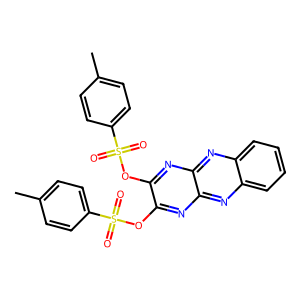
SMILES: Cc1ccc(S(=O)(=O)Oc2nc3nc4ccccc4nc3nc2OS(=O)(=O)c2ccc(C)cc2)cc1
Inhibits HIV replication: No